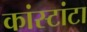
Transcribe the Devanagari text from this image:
कांस्टांटा